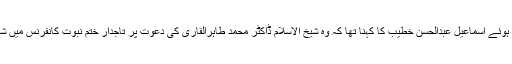
اس موقع پر میڈیا سے گفتگو کرتے ہوئے اسماعیل عبدالحسن خطیب کا کہنا تھا کہ وہ شیخ الاسلام ڈاکٹر محمد طاہرالقاری کی دعوت پر تاجدار ختم نبوت کانفرنس میں شریک ہونے کیلئے پاکستان آئے ہیں۔